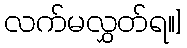
လက်မလွှတ်ရ။]